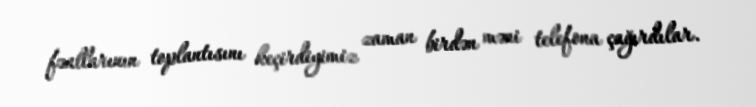
fəallarının toplantısını keçirdiyimiz zaman birdən məni telefona çağırdılar.